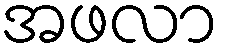
အဖလာ